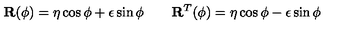
\mathbf { R } ( \phi ) = \mathbf { \eta } \cos \phi + \mathbf { \epsilon } \sin \phi \qquad \mathbf { R } ^ { T } ( \phi ) = \mathbf { \eta } \cos \phi - \mathbf { \epsilon } \sin \phi